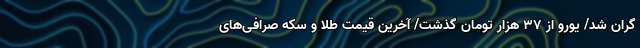
گران شد/ یورو از ۳۷ هزار تومان گذشت/ آخرین قیمت طلا و سکه صرافی‌های